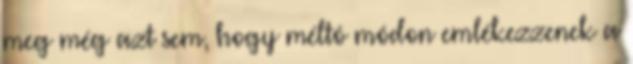
meg még azt sem, hogy méltó módon emlékezzenek a